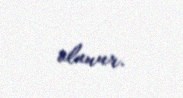
olunur.